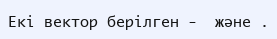
Екі вектор берілген -  және .